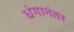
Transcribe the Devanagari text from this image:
धंगानंतर